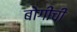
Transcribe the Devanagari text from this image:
बोगींची